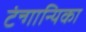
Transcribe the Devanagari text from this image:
टंन्गान्यिका